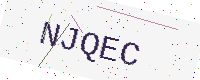
Text: NJQEC